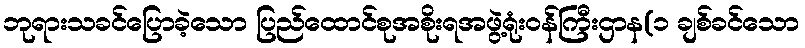
ဘုရားသခင်ပြောခဲ့သော ပြည်ထောင်စုအစိုးရအဖွဲ့ရုံးဝန်ကြီးဌာန(၁ ချစ်ခင်သော